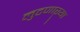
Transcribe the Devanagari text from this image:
लुटणाऱ्या